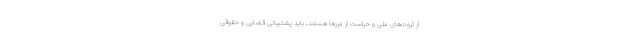
از ثروت‌های ملی و حراست از مرزها هستند، باید پشتیبانی قضایی و حقوقی